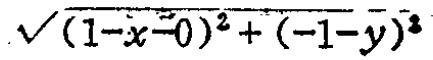
\(\sqrt{(1 - x - 0)^2+(-1 - y)^2}\)